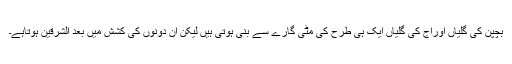
بچپن کی گلیاں اورآج کی گلیاں ایک ہی طرح کی مٹی گارے سے بنی ہوتی ہیں لیکن ان دونوں کی کشش میں بعد الشرقین ہوتاہے۔